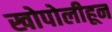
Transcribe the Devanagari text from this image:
खोपोलीहून